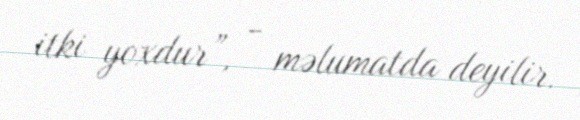
itki yoxdur”, - məlumatda deyilir.